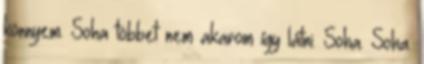
könnyem. Soha többet nem akarom így látni. Soha. Soha.